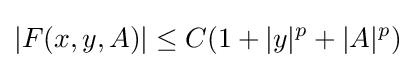
|F(x,y,A)|\leq C(1+|y|^{p}+|A|^{p})